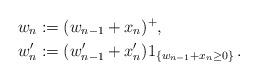
LaTeX: \begin{align*}w_n&:=(w_{n-1}+x_n)^+,\\w'_n&:=(w'_{n-1}+x'_n)1_{\{w_{n-1}+x_n \geq 0\}}\,.\end{align*}